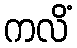
ကလိံ